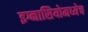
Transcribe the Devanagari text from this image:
इग्नासियोमध्येच